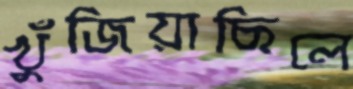
খুঁজিয়াছিলে